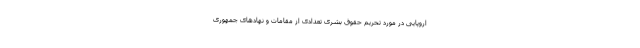
اروپایی در مورد تحریم حقوق بشری تعدادی از مقامات و نهادهای جمهوری